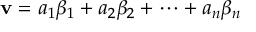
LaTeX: \mathbf { v } = a _ { 1 } \beta _ { 1 } + a _ { 2 } \beta _ { 2 } + \cdots + a _ { n } \beta _ { n }